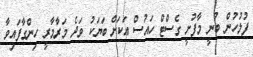
ފުލުހުން ބުނީ މާފުށީ ގެސްޓް ހައުސް އަކަށް ބަޔަކު ވަދެ މަރާމާރީ ހިންގާފައިވާ